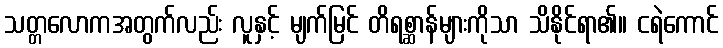
သတ္တလောကအတွက်လည်း လူနှင့် မျက်မြင် တိရစ္ဆာန်များကိုသာ သိနိုင်ရာ၏။ ငရဲကောင်